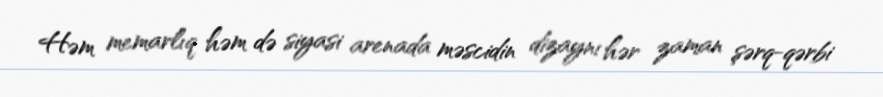
Həm memarlıq həm də siyasi arenada məscidin dizaynı hər zaman şərq-qərbi